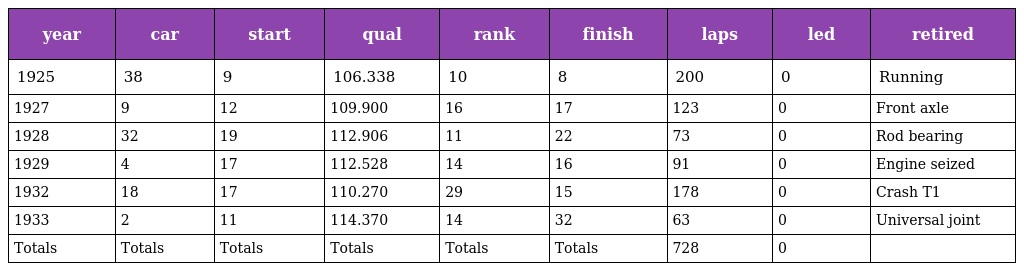
| year | car | start | qual | rank | finish | laps | led | retired |
 | --- | --- | --- | --- | --- | --- | --- | --- | --- |
 | 1925 | 38 | 9 | 106.338 | 10 | 8 | 200 | 0 | Running |
 | 1927 | 9 | 12 | 109.900 | 16 | 17 | 123 | 0 | Front axle |
 | 1928 | 32 | 19 | 112.906 | 11 | 22 | 73 | 0 | Rod bearing |
 | 1929 | 4 | 17 | 112.528 | 14 | 16 | 91 | 0 | Engine seized |
 | 1932 | 18 | 17 | 110.270 | 29 | 15 | 178 | 0 | Crash T1 |
 | 1933 | 2 | 11 | 114.370 | 14 | 32 | 63 | 0 | Universal joint |
 | Totals | Totals | Totals | Totals | Totals | Totals | 728 | 0 |  |